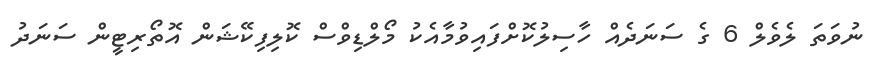
ނުވަތަ ލެވެލް 6 ގެ ސަނަދެއް ހާސިލުކޮށްފައިވުމާއެކު މޯލްޑިވްސް ކޮލިފިކޭޝަން އޮތޯރިޓީން ސަނަދު